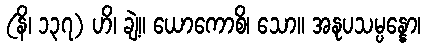
(နိ၊ ၁၃၇) ဟိ၊ ချဲ့။ ယောကောစိ၊ သော။ အနုပသမ္ပန္နော၊